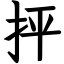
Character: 抨